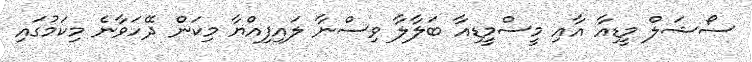
ސޯޝަލް މީޑިއާ އާއި މީސްމީޑިއާ ބަލާލާ ވިސްނާ ލައިފިއްޔާ މިކަން ދޭހަވާނެ މިކަމުގައި